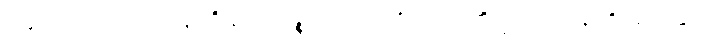
အမှတ်လည်းကောင်း။ ဣတိ ဣမေ ပဉ္စ၊ ဤငါးပါးတို့တည်း။ ဘိက္ခဝေ၊ ရဟန်းတို့။ ရာဂဿ၊